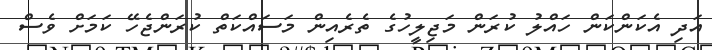
އަދި އެކަންކަން ހައްލު ކުރަން މަޖިލީހުގެ ތެރެއިން މަސައްކަތް ކުރަންޖެހޭ ކަމަށް ވެސް